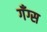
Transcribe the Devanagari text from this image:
गँग्स